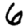
Digit: 6